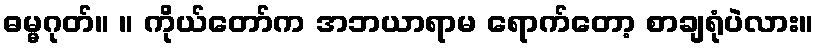
ဓမ္မဂုတ်။ ။ ကိုယ်တော်က အဘယာရာမ ရောက်တော့ စာချရုံပဲလား။